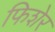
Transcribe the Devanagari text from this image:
फिशेर